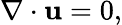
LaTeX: \nabla\cdot\boldsymbol{\mathbf{u}}=0,